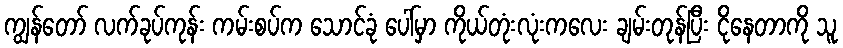
ကျွန်တော် လက်ခုပ်ကုန်း ကမ်းစပ်က သောင်ခုံ ပေါ်မှာ ကိုယ်တုံးလုံးကလေး ချမ်းတုန်ပြီး ငိုနေတာကို သူ